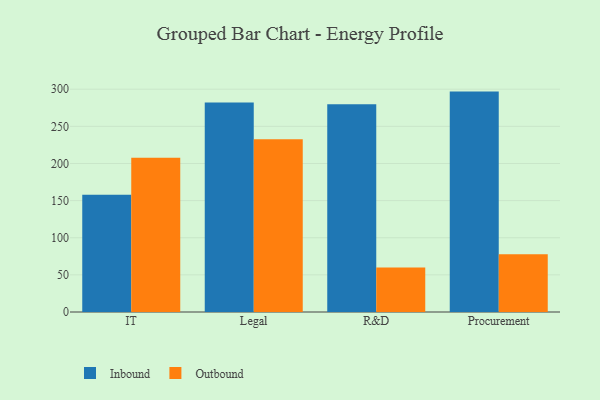
{"axis": {"x": "Department", "y": "Satisfaction Score"}, "legend": ["Inbound", "Outbound"], "data": [{"x": "IT", "y": 157.9, "type": "Inbound"}, {"x": "IT", "y": 207.8, "type": "Outbound"}, {"x": "Legal", "y": 282.1, "type": "Inbound"}, {"x": "Legal", "y": 232.7, "type": "Outbound"}, {"x": "R&D", "y": 279.6, "type": "Inbound"}, {"x": "R&D", "y": 59.9, "type": "Outbound"}, {"x": "Procurement", "y": 296.8, "type": "Inbound"}, {"x": "Procurement", "y": 77.7, "type": "Outbound"}]}